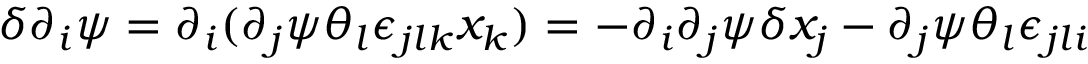
\delta \partial _ { i } \psi = \partial _ { i } ( \partial _ { j } \psi \theta _ { l } \epsilon _ { j l k } x _ { k } ) = - \partial _ { i } \partial _ { j } \psi \delta x _ { j } - \partial _ { j } \psi \theta _ { l } \epsilon _ { j l i }